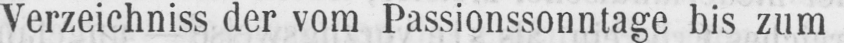
Verzeichniss der vom Passionssonntage bis zum